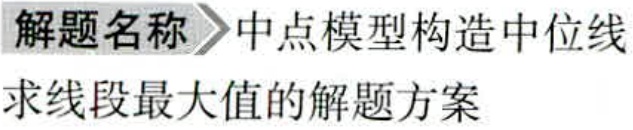
解题名称 \(\rightharpoonup\) 中点模型构造中位线

求线段最大值的解题方案